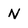
Character: N